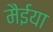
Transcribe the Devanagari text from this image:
मैईया